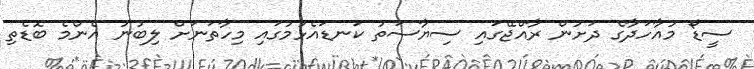
ސީޑޯ މުއާހަދާގެ ދަށުން ރާއްޖޭގައި ސިޔާސަތު ކަނޑައެޅުމުގައި މިހާތަނަށް ލިބުނު އެންމެ ބޮޑެތި